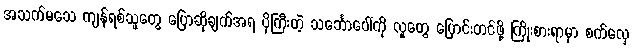
အသက်မသေ ကျန်ရစ်သူတွေ ပြောဆိုချက်အရ ပိုကြီးတဲ့ သင်္ဘောပေါ်ကို လူတွေ ပြောင်းတင်ဖို့ ကြိုးစားရာမှာ စက်လှေ